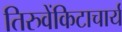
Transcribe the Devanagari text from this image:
तिरुवेंकिटाचार्य